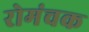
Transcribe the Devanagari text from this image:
रोमंचक